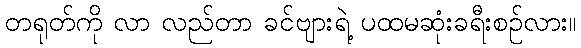
တရုတ်ကို လာ လည်တာ ခင်ဗျားရဲ့ ပထမဆုံးခရီးစဉ်လား။